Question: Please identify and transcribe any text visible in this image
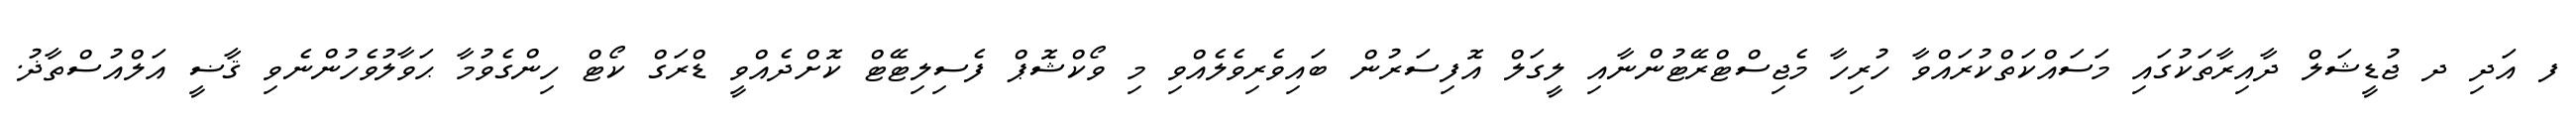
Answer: ފ އަދި ދ ޖުޑީޝަލް ދާއިރާތަކުގައި މަސައްކަތްކުރައްވާ ހުރިހާ މެޖިސްޓްރޭޓުންނާއި ލީގަލް އޮފިސަރުން ބައިވެރިވެލެއްވި މި ވޯކްޝޮޕް ފެސިލިޓޭޓް ކޮށްދެއްވީ ޑްރަގް ކޯޓް ހިންގެވުމާ ޙަވާލުވެހުންނެވި ޤާޟީ އަލްއުސްތާޛު.